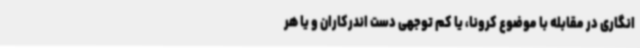
انگاری در مقابله با موضوع کرونا، یا کم توجهی دست اندرکاران و یا هر